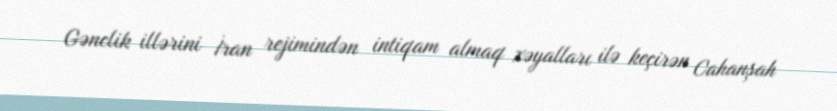
Gənclik illərini İran rejimindən intiqam almaq xəyalları ilə keçirən Cahanşah